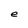
Character: e